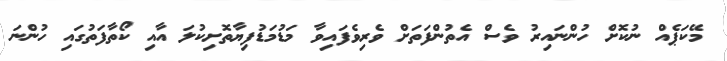
މޭކަޕެއް ނުކޮށް ހުންނައިރު ވެސް އެތުންފަތަށް ވެރިވެފައިވާ މަޑުމަޑުފިޔާތޮށިކުލަ އާއި ކޯތާފަތުގައި ހުންނަ